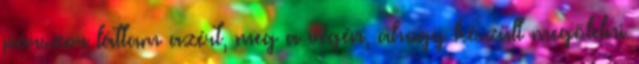
párszor láttam azért, meg a végén, ahogy készült megölelni